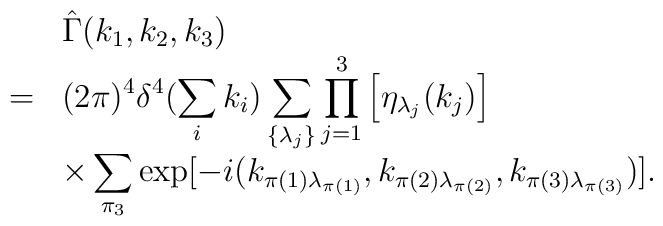
\begin{array}{rl}&\hat{\Gamma}(k_1,k_2,k_3)\\ =&\displaystyle (2\pi)^4\delta^4(\sum_ik_i)\sum_{\{\lambda_j\}}\prod_{j=1}^3\left[\eta_{\lambda_j}(k_j)\right]\\&\displaystyle\times\sum_{\pi_3}\exp[-i(k_{\pi(1)\lambda_{\pi(1)}},k_{\pi(2)\lambda_{\pi(2)}},k_{\pi(3)\lambda_{\pi(3)}})]. \end{array}